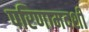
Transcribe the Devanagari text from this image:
परिणामदर्शी